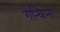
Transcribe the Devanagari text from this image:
गेन्किना